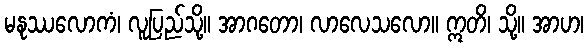
မနုဿလောကံ၊ လူပြည်သို့။ အာဂတော၊ လာလေသလော။ ဣတိ၊ သို့။ အာဟ၊